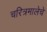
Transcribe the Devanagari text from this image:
चरित्रमालेचे